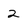
Character: 2